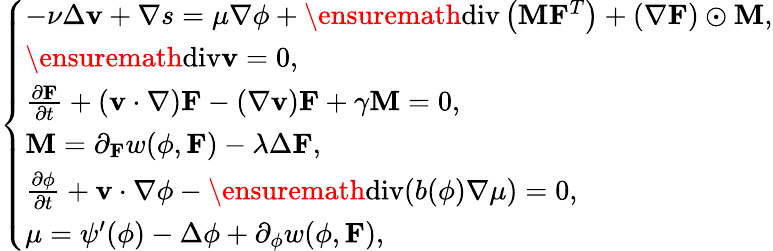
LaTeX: \left\{ \begin{array}{ll}{-\nu\Delta\mathbf{v}+\nabla s=\mu\nabla\phi+\ensuremath{\operatorname{div}}\left(\mathbf{M}\mathbf{F}^{T}\right)+\left(\nabla\mathbf{F}\right)\odot\mathbf{M},}\\ {\ensuremath{\operatorname{div}}\mathbf{v}=0,}\\ {\frac{\partial\mathbf{F}}{\partial t}+\left(\mathbf{v}\cdot\nabla\right)\mathbf{F}-(\nabla\mathbf{v})\mathbf{F}+\gamma\mathbf{M}=0,}\\ {\mathbf{M}=\partial_{\mathbf{F}}w(\phi,\mathbf{F})-\lambda\Delta\mathbf{F},}\\ {\frac{\partial\phi}{\partial t}+\mathbf{v}\cdot\nabla\phi-\ensuremath{\operatorname{div}}(b(\phi)\nabla\mu)=0,}\\ {\mu=\psi^{\prime}(\phi)-\Delta\phi+\partial_{\phi}w(\phi,\mathbf{F}),}\end{array}\right.